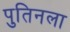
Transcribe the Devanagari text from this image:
पुतिनला